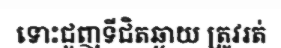
ទោះជួញទីជិតឆ្ងាយ ត្រូវរត់